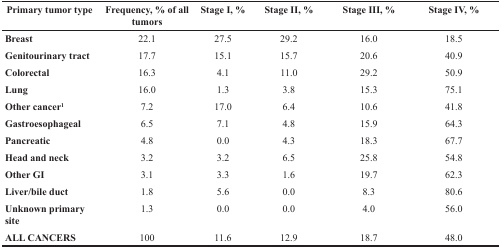
| Primary tumor type | Frequency, % of all tumors | Stage I, % | Stage II, % | Stage III, % | Stage IV, % |
 | --- | --- | --- | --- | --- | --- |
 | Breast | 22.1 | 27.5 | 29.2 | 16.0 | 18.5 |
 | Genitourinary tract | 17.7 | 15.1 | 15.7 | 20.6 | 40.9 |
 | Colorectal | 16.3 | 4.1 | 11.0 | 29.2 | 50.9 |
 | Lung | 16.0 | 1.3 | 3.8 | 15.3 | 75.1 |
 | Other cancer1 | 7.2 | 17.0 | 6.4 | 10.6 | 41.8 |
 | Gastroesophageal | 6.5 | 7.1 | 4.8 | 15.9 | 64.3 |
 | Pancreatic | 4.8 | 0.0 | 4.3 | 18.3 | 67.7 |
 | Head and neck | 3.2 | 3.2 | 6.5 | 25.8 | 54.8 |
 | Other GI | 3.1 | 3.3 | 1.6 | 19.7 | 62.3 |
 | Liver/bile duct | 1.8 | 5.6 | 0.0 | 8.3 | 80.6 |
 | Unknown primary site | 1.3 | 0.0 | 0.0 | 4.0 | 56.0 |
 | ALL CANCERS | 100 | 11.6 | 12.9 | 18.7 | 48.0 |